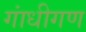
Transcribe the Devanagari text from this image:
गांधीगण